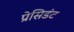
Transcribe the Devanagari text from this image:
प्रेसिडंट